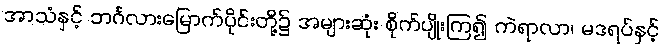
အာသံနှင့် ဘင်္ဂလားမြောက်ပိုင်းတို့၌ အများဆုံး စိုက်ပျိုးကြ၍ ကဲရာလာ၊ မဒရပ်နှင့်